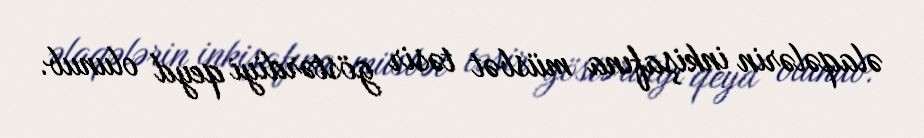
əlaqələrin inkişafına müsbət təsir göstərdiyi qeyd olunub.